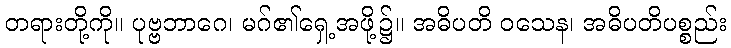
တရားတို့ကို။ ပုဗ္ဗဘာဂေ၊ မဂ်၏ရှေ့အဖို့၌။ အဓိပတိ ဝသေန၊ အဓိပတိပစ္စည်း